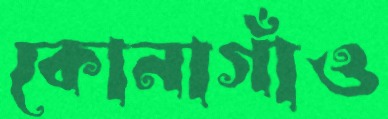
কোনাগাঁও